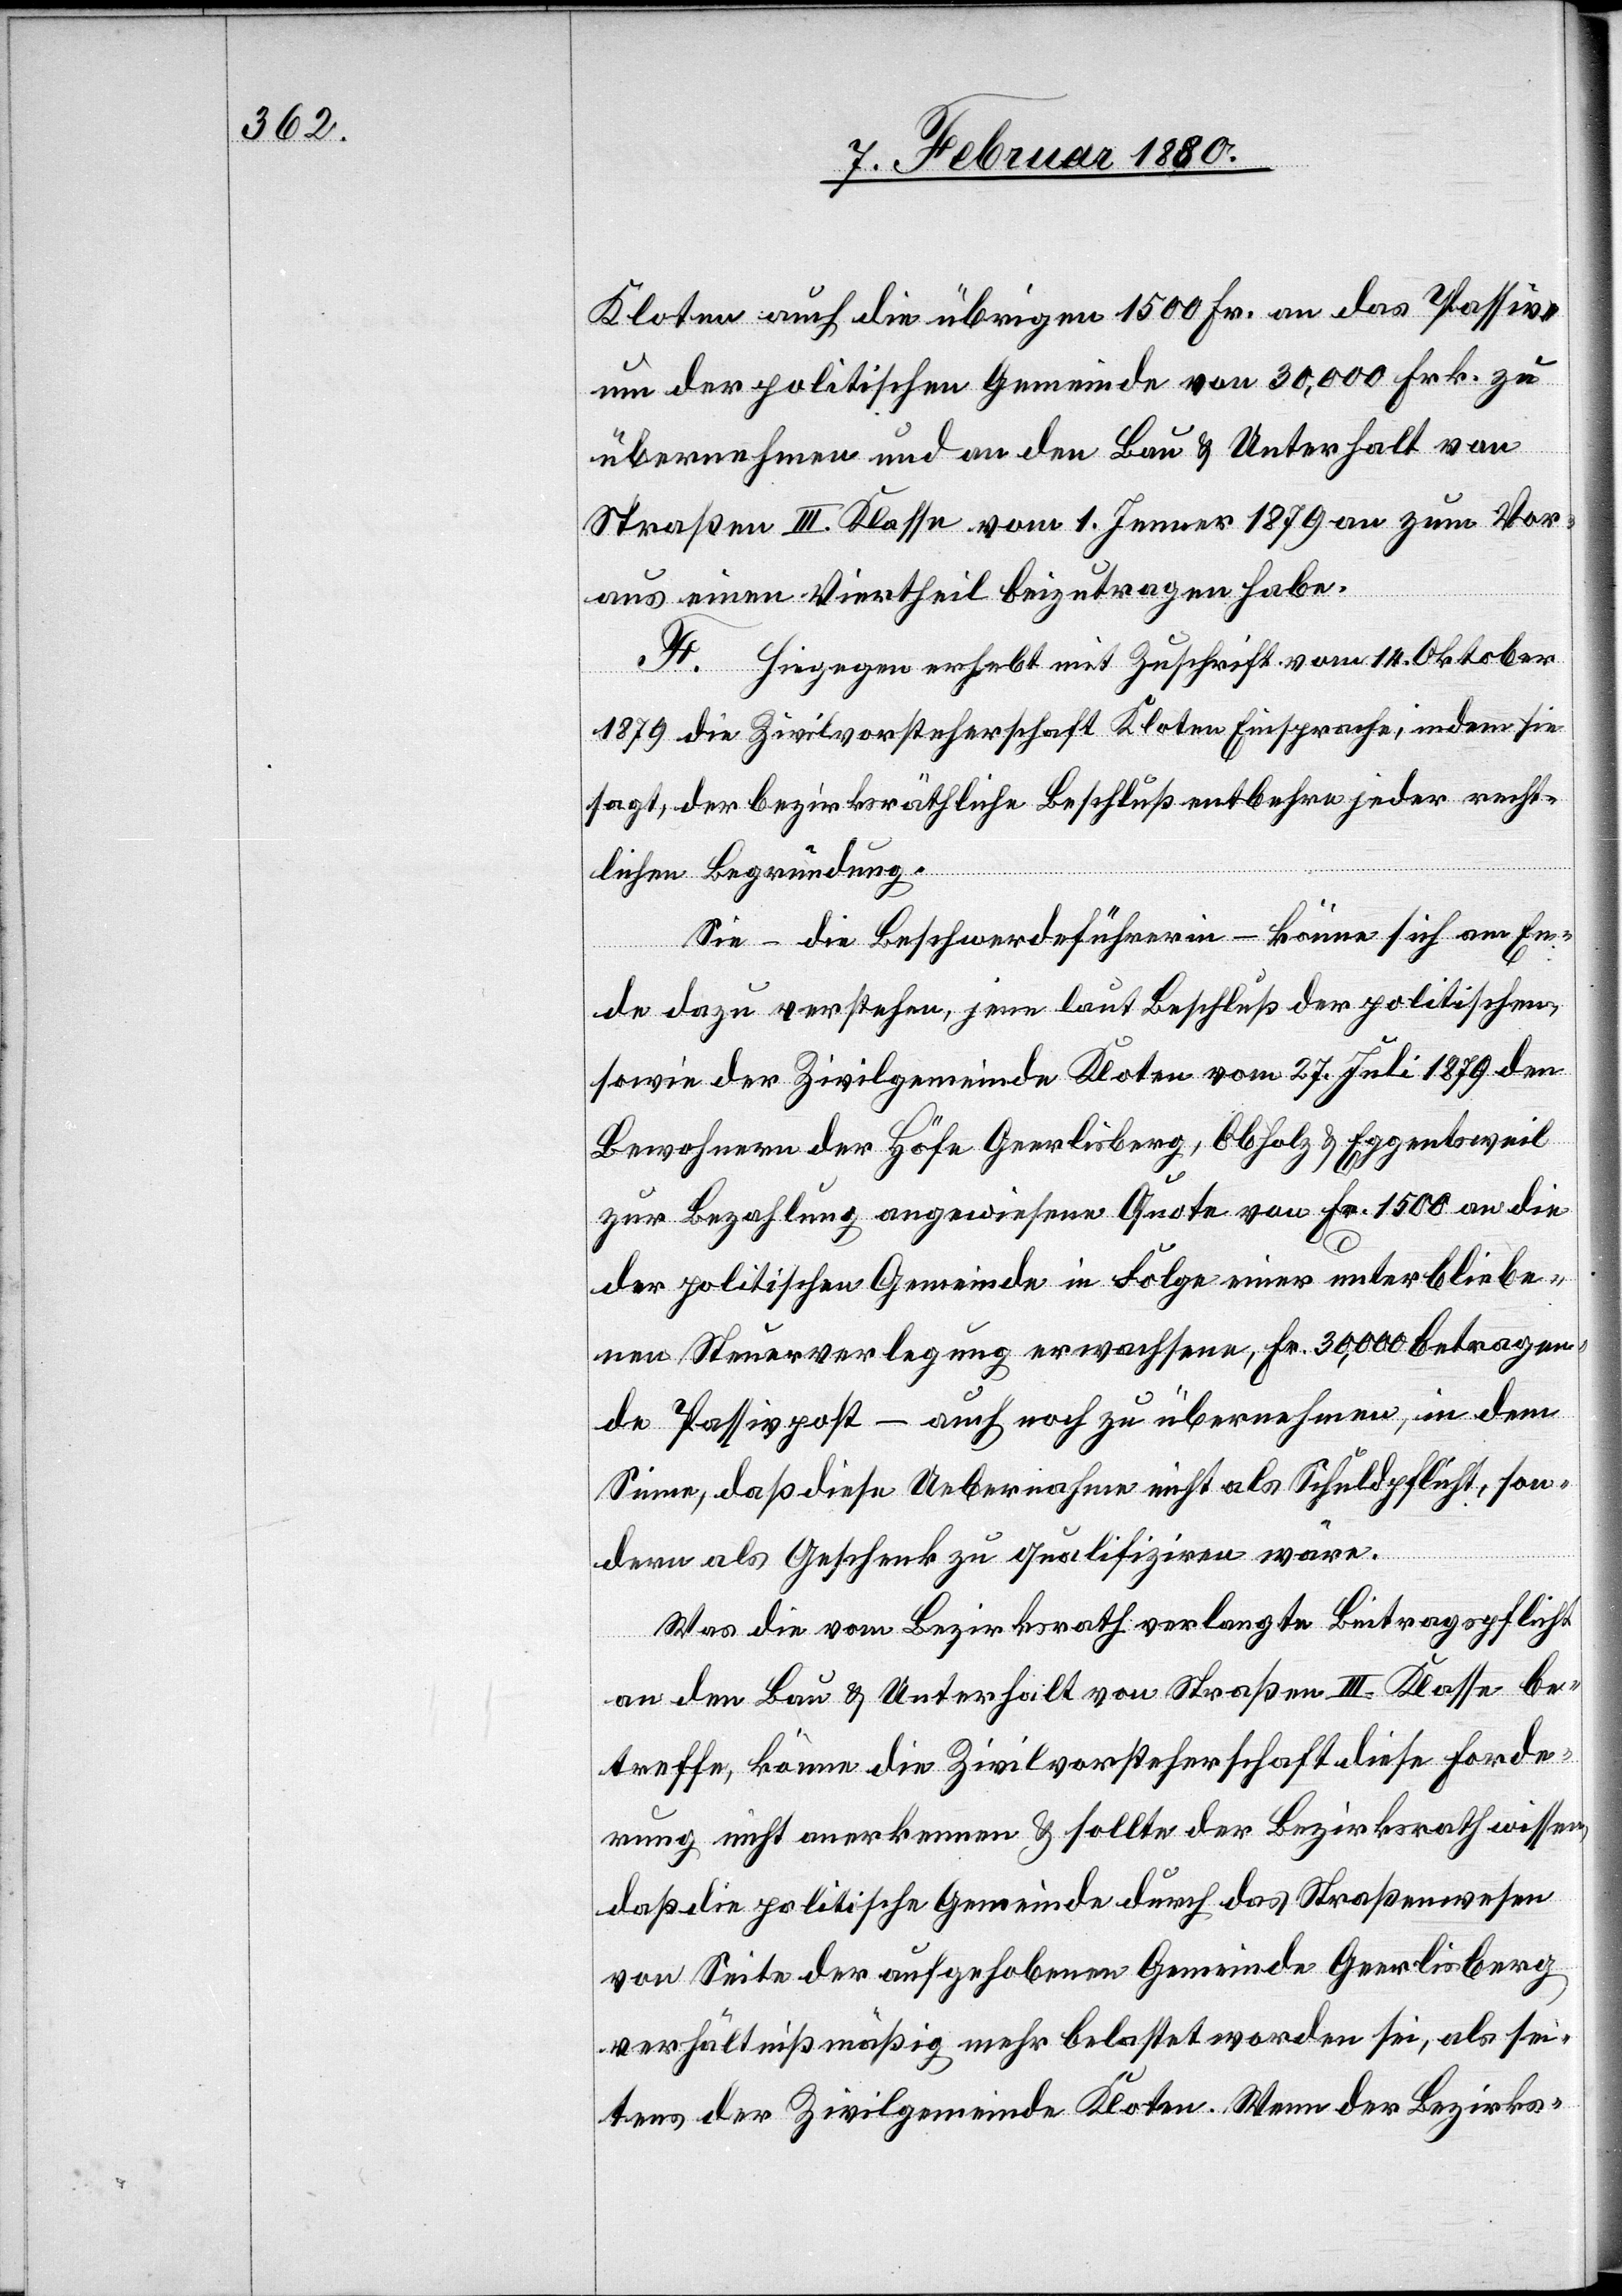
Kloten auch die übrigen 1500 Fr. an das Passiv¬
um der politischen Gemeinde von 30 000 Frk. zu
übernehmen und an den Bau & Unterhalt von
Straßen III. Klasse vom 1. Jenner 1879 an zum Vor¬
aus einen Viertheil beizutragen habe.
F. Hiegegen erhebt mit Zuschrift vom 14. Oktober
1879 die Zivilvorsteherschaft Kloten Einsprache, indem sie
sagt, der bezirksräthliche Beschluß entbehre jeder recht¬
lichen Begründung.
Sie – die Beschwerdeführerin – könne sich am En¬
de dazu verstehen, jene laut Beschluß der politischen,
sowie der Zivilgemeinde Kloten vom 27. Juli 1879 den
Bewohnern der Höfe Geerlisberg, Abholz & Eggentsweil
zur Bezahlung angewiesene Quote von Fr. 1500 an die
der politischen Gemeinde in Folge einer unterbliebe¬
nen Steuerverlegung erwachsenen, Fr. 30 000 betragen¬
de Passivpost – auch noch zu übernehmen, in dem
Sinne, daß diese Uebernahme nicht als Schuldpflicht, son¬
dern als Geschenk zu qualifiziren wäre.
Was die vom Bezirksrathe verlangte Beitragspflicht
an den Bau & Unterhalt von Straßen III. Klasse be¬
treffe, könne die Zivilvorsteherschaft diese Forde¬
rung nicht anerkennen & sollte der Bezirksrath wissen,
daß die politische Gemeinde durch das Straßenwesen
von Seite der aufgehobenen Gemeinde Geerlisberg
verhältnißmäßig mehr belastet worden sei, als sei¬
tens der Zivilgemeinde Kloten. Wenn der Bezirks-